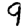
Digit: 9